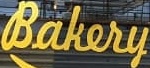
Bakery